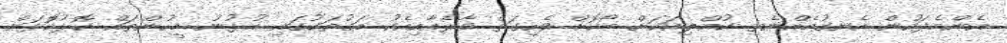
އެންމެފަހުން އެނގުމެއްނެތި ކުއްލިއަކަށް ބޯކޮށް ވެހިގަތް ވާރެއާއިއެކު މަގުތަކުގައި އުޅުނު މީހުންތައް ކޮޅުކޮަޅަށް